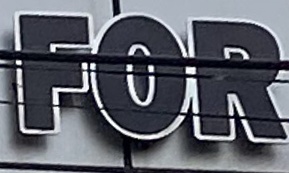
FOR